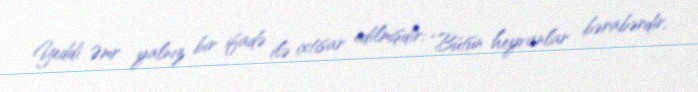
Yeddi Əmr yalnız bir ifadə ilə ixtisar edilmişdir: “Bütün heyvanlar bərabərdir,